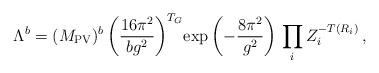
LaTeX: \begin{align*}\Lambda^b= (M_{\rm PV})^b\left(\frac{16\pi^2}{b g^2}\right)^{T_G}\!\exp \left(-\frac{8\pi^2}{g^2}\right) \, \prod_iZ_i^{-T(R_i)} \,,\end{align*}